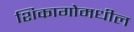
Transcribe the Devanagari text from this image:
शिकागोमधील